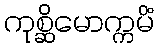
ကုစ္ဆိမောက္ကမိံ